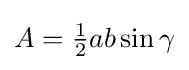
A={\tfrac {1}{2}}ab\sin \gamma